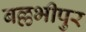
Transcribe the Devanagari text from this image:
बल्लभीपुर